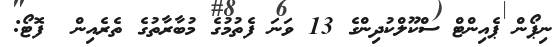
ނިޕޯން ޕެއިންޓް ސްކޫލްކުދިންގެ 13 ވަނަ ފެތުމުގެ މުބާރާތުގެ ތެރެއިން  ފޮޓޯ: